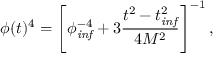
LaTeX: \phi ( t ) ^ { 4 } = \left[ \phi _ { \it i n f } ^ { - 4 } + 3 \frac { t ^ { 2 } - t _ { \it i n f } ^ { 2 } } { 4 M ^ { 2 } } \right] ^ { - 1 } ,